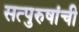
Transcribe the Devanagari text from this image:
सत्‍पुरुषांची